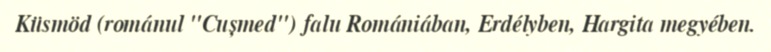
Küsmöd (románul "Cușmed") falu Romániában, Erdélyben, Hargita megyében.